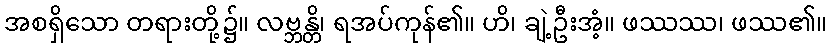
အစရှိသော တရားတို့၌။ လဗ္ဘန္တိ၊ ရအပ်ကုန်၏။ ဟိ၊ ချဲ့ဦးအံ့။ ဖဿဿ၊ ဖဿ၏။